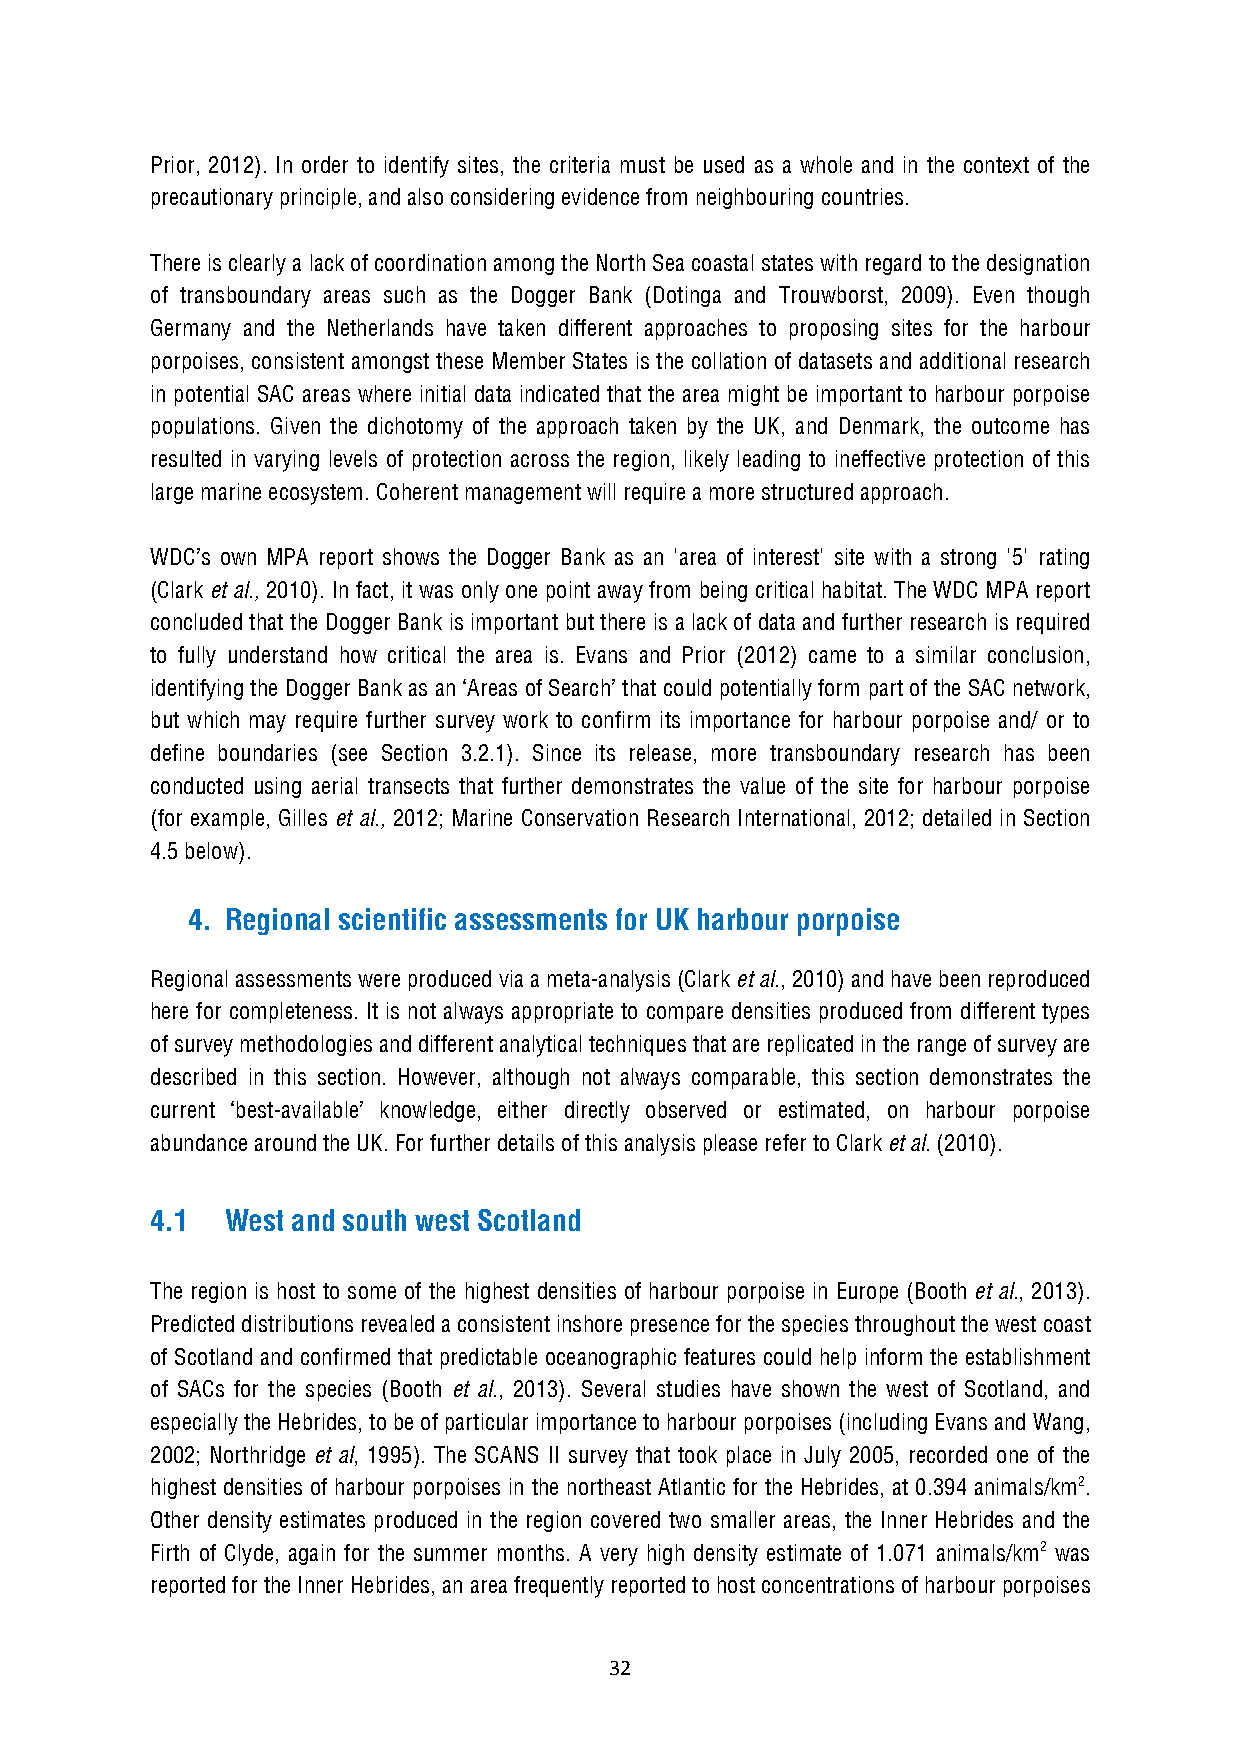
Prior, 2012). In order to identify sites, the criteria must be used as a whole and in the context of the
 precautionary principle, and also considering evidence from neighbouring countries.
 There is clearly a lack of coordination among the North Sea coastal states with regard to the designation
 of transboundary areas such as the Dogger Bank (Dotinga and Trouwborst, 2009). Even though
 Germany and the Netherlands have taken different approaches to proposing sites for the harbour
 porpoises, consistent amongst these Member States is the collation of datasets and additional research
 in potential SAC areas where initial data indicated that the area might be important to harbour porpoise
 populations. Given the dichotomy of the approach taken by the UK, and Denmark, the outcome has
 resulted in varying levels of protection across the region, likely leading to ineffective protection of this
 large marine ecosystem. Coherent management will require a more structured approach.
 WDC’s own MPA report shows the Dogger Bank as an 'area of interest' site with a strong '5' rating
 (Clark et al., 2010). In fact, it was only one point away from being critical habitat. The WDC MPA report
 concluded that the Dogger Bank is important but there is a lack of data and further research is required
 to fully understand how critical the area is. Evans and Prior (2012) came to a similar conclusion,
 identifying the Dogger Bank as an ‘Areas of Search’ that could potentially form part of the SAC network,
 but which may require further survey work to confirm its importance for harbour porpoise and/ or to
 define boundaries (see Section 3.2.1). Since its release, more transboundary research has been
 conducted using aerial transects that further demonstrates the value of the site for harbour porpoise
 (for example, Gilles et al., 2012; Marine Conservation Research International, 2012; detailed in Section
 4.5 below).
 4. Regional scientific assessments for UK harbour porpoise
 Regional assessments were produced via a meta-analysis (Clark et al., 2010) and have been reproduced
 here for completeness. It is not always appropriate to compare densities produced from different types
 of survey methodologies and different analytical techniques that are replicated in the range of survey are
 described in this section. However, although not always comparable, this section demonstrates the
 current ‘best-available’ knowledge, either directly observed or estimated, on harbour porpoise
 abundance around the UK. For further details of this analysis please refer to Clark et al. (2010).
 4.1  West and south west Scotland
 The region is host to some of the highest densities of harbour porpoise in Europe (Booth et al., 2013).
 Predicted distributions revealed a consistent inshore presence for the species throughout the west coast
 of Scotland and confirmed that predictable oceanographic features could help inform the establishment
 of SACs for the species (Booth et al., 2013). Several studies have shown the west of Scotland, and
 especially the Hebrides, to be of particular importance to harbour porpoises (including Evans and Wang,
 2002; Northridge et al, 1995). The SCANS II survey that took place in July 2005, recorded one of the
 highest densities of harbour porpoises in the northeast Atlantic for the Hebrides, at 0.394 animals/km2.
 Other density estimates produced in the region covered two smaller areas, the Inner Hebrides and the
 Firth of Clyde, again for the summer months. A very high density estimate of 1.071 animals/km2 was
 reported for the Inner Hebrides, an area frequently reported to host concentrations of harbour porpoises
 32